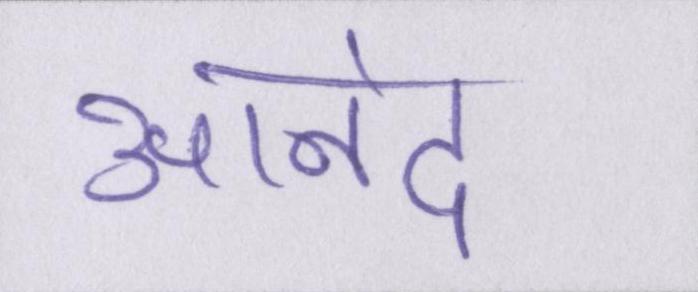
आनंद